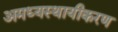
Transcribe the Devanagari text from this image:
अमध्यस्थायीकरण